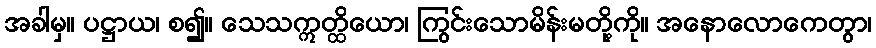
အခါမှ။ ပဋ္ဌာယ၊ စ၍။ သေသဣတ္ထိယော၊ ကြွင်းသောမိန်းမတို့ကို။ အနောလောကေတွာ၊